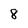
Character: 8